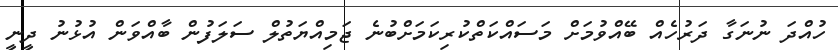
ހުއްދަ ނުނަގާ ދަރުހެއް ބޭއްވުމަށް މަސައްކަތްކުރިކަމަށްބުނެ ޖަމިއްޔަތުލް ސަލަފުން ބާއްވަން އުޅުނު ދީނީ